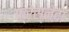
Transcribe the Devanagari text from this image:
फ्रेस्नेदा